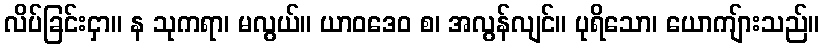
လိပ်ခြင်းငှာ။ န သုကရာ၊ မလွယ်။ ယာဝဒေဝ စ၊ အလွန်လျင်။ ပုရိသော၊ ယောကျ်ားသည်။